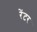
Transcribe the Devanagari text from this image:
रेंटर